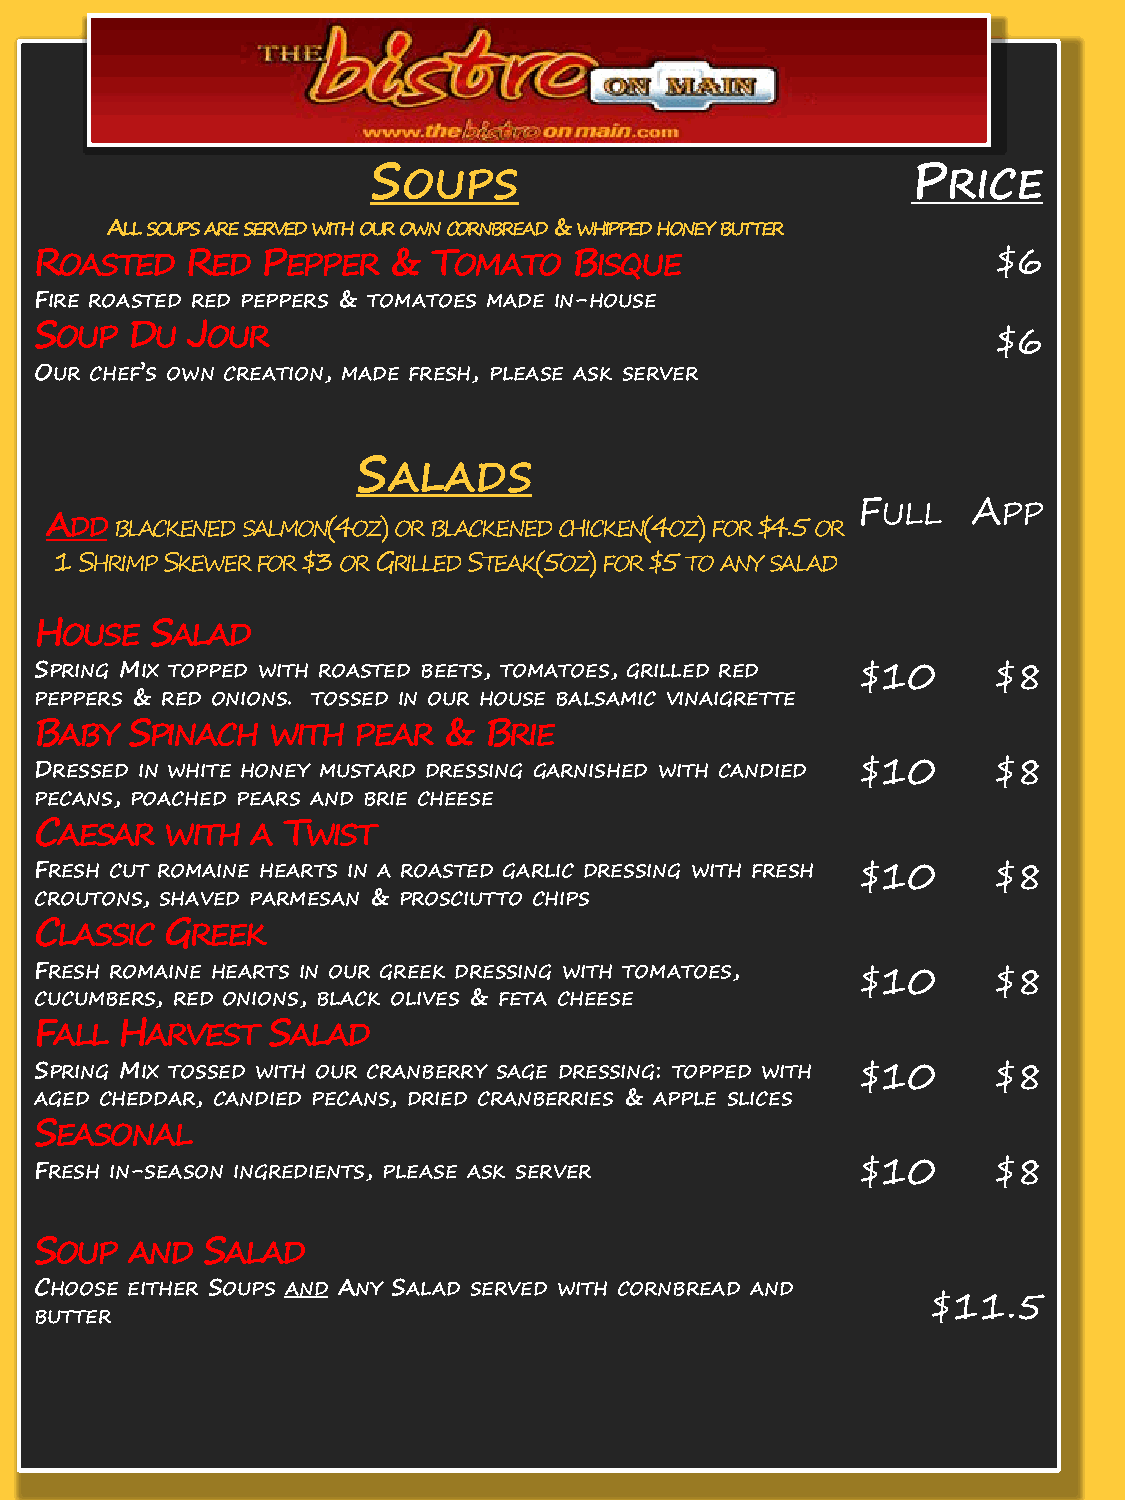
S                                   P
 OUPS                                RICE
 ALL SOUPS ARE SERVED WITH OUR OWN CORNBREAD & WHIPPED HONEY BUTTER
 ROASTED   RED  PEPPER   &  TOMATO   BISQUE                      $6
 FIRE ROASTED RED PEPPERS & TOMATOES MADE IN-HOUSE
 SOUP  DU  JOUR                                                  $6
 OUR CHEF’S OWN CREATION, MADE FRESH, PLEASE ASK SERVER
 S
 ALADS
 FULL   APP
 ADD  BLACKENED SALMON(4OZ) OR BLACKENED CHICKEN(4OZ) FOR $4.5 OR
 1 SHRIMP SKEWER FOR $3 OR GRILLED STEAK(5OZ) FOR $5 TO ANY SALAD
 HOUSE   SALAD
 SPRING MIX TOPPED WITH ROASTED BEETS, TOMATOES, GRILLED RED $10 $8
 PEPPERS & RED ONIONS. TOSSED IN OUR HOUSE BALSAMIC VINAIGRETTE
 BABY  SPINACH   WITH PEAR  &  BRIE
 DRESSED IN WHITE HONEY MUSTARD DRESSING GARNISHED WITH CANDIED $10 $8
 PECANS, POACHED PEARS AND BRIE CHEESE
 CAESAR   WITH  A TWIST
 FRESH CUT ROMAINE HEARTS IN A ROASTED GARLIC DRESSING WITH FRESH $10 $8
 CROUTONS, SHAVED PARMESAN & PROSCIUTTO CHIPS
 CLASSIC  GREEK
 FRESH ROMAINE HEARTS IN OUR GREEK DRESSING WITH TOMATOES, $10   $8
 CUCUMBERS, RED ONIONS, BLACK OLIVES & FETA CHEESE
 FALL  HARVEST   SALAD
 SPRING MIX TOSSED WITH OUR CRANBERRY SAGE DRESSING: TOPPED WITH $10 $8
 AGED CHEDDAR, CANDIED PECANS, DRIED CRANBERRIES & APPLE SLICES
 SEASONAL
 FRESH IN-SEASON INGREDIENTS, PLEASE ASK SERVER         $10      $8
 SOUP  AND  SALAD
 CHOOSE EITHER SOUPS AND ANY SALAD SERVED WITH CORNBREAD AND
 $11.5
 BUTTER